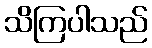
သိကြပါသည်